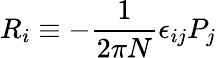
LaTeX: R_{i}\equiv-{\frac{1}{2\pi N}}\epsilon_{ij}P_{j}